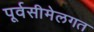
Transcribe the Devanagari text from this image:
पूर्वसीमेलगत